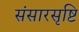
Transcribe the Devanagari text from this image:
संसारसृष्टि